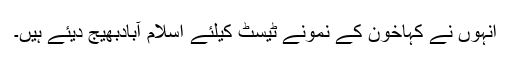
انہوں نے کہاخون کے نمونے ٹیسٹ کیلئے اسلام آبادبھیج دیئے ہیں۔